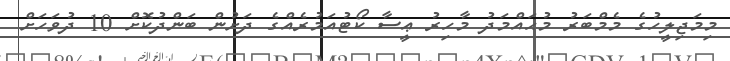
މިމަޖިލީހުގެ މެމްބަރު މުޙައްމަދު މާހިރު ޢީސާ ކޯޓުއަމުރެއްގެ ދަށުން ބަންދުކޮށް 10 ދުވަހަށް